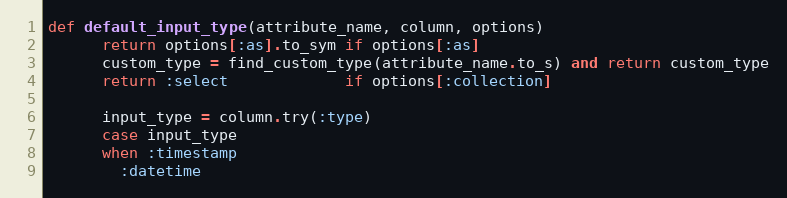
Language: Ruby
def default_input_type(attribute_name, column, options)
      return options[:as].to_sym if options[:as]
      custom_type = find_custom_type(attribute_name.to_s) and return custom_type
      return :select             if options[:collection]

      input_type = column.try(:type)
      case input_type
      when :timestamp
        :datetime